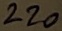
Text: 220